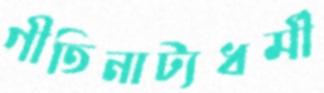
গীতিনাট্যধর্মী